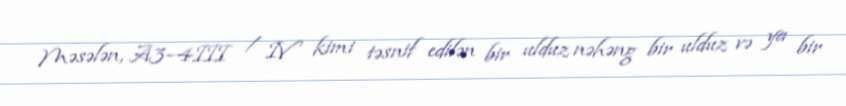
Məsələn, A3–4III / IV kimi təsnif edilən bir ulduz nəhəng bir ulduz və ya bir